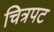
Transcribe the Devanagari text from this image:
चित्रपट